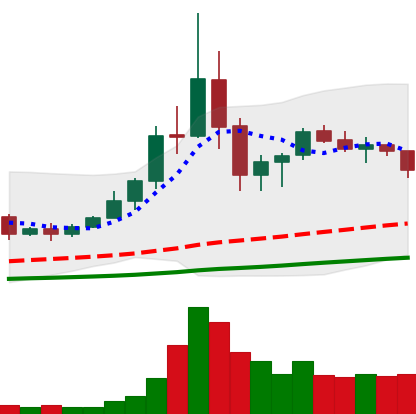
Ticker: TRX-USD
Chart end date: 2020-09-13
Forward return: -4.885%
Label: down_3_5